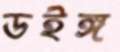
ডইঙ্গ